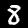
Label: 8